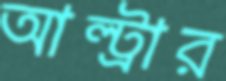
আল্ট্রার